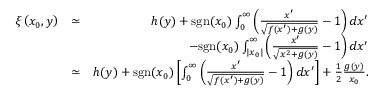
\begin{array} { r l r } { \xi \left( x _ { 0 } , y \right) } & { \simeq } & { h ( y ) + \mathrm { s g n } ( x _ { 0 } ) \int _ { 0 } ^ { \infty } \left( \frac { x ^ { \prime } } { \sqrt { f ( x ^ { \prime } ) + g ( y ) } } - 1 \right) d x ^ { \prime } } \\ & { } & { - \mathrm { s g n } ( x _ { 0 } ) \int _ { | x _ { 0 } | } ^ { \infty } \left( \frac { x ^ { \prime } } { \sqrt { x ^ { 2 } + g ( y ) } } - 1 \right) d x ^ { \prime } } \\ & { \simeq } & { h ( y ) + \mathrm { s g n } ( x _ { 0 } ) \left[ \int _ { 0 } ^ { \infty } \left( \frac { x ^ { \prime } } { \sqrt { f ( x ^ { \prime } ) + g ( y ) } } - 1 \right) d x ^ { \prime } \right] + \frac { 1 } { 2 } \frac { g ( y ) } { x _ { 0 } } . } \end{array}